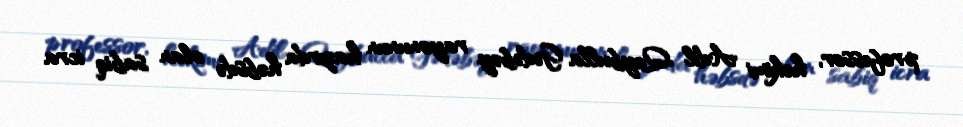
professor, həkimi Adil Qeybulla Gədəbəy rayonunun hazırda həbsdə olan sabiq icra